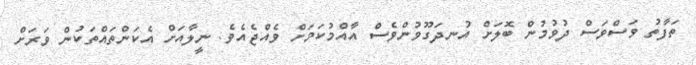
ތަފާތު ވަސްވަސް ދުވުމުން ބޮލަށް އުނދަގޫވުންވެސް އާއްމުކަމަށް ވެއްޖެއެވެ. ނީލާއަށް އެކަންތައްތަކުން ވަރަށް